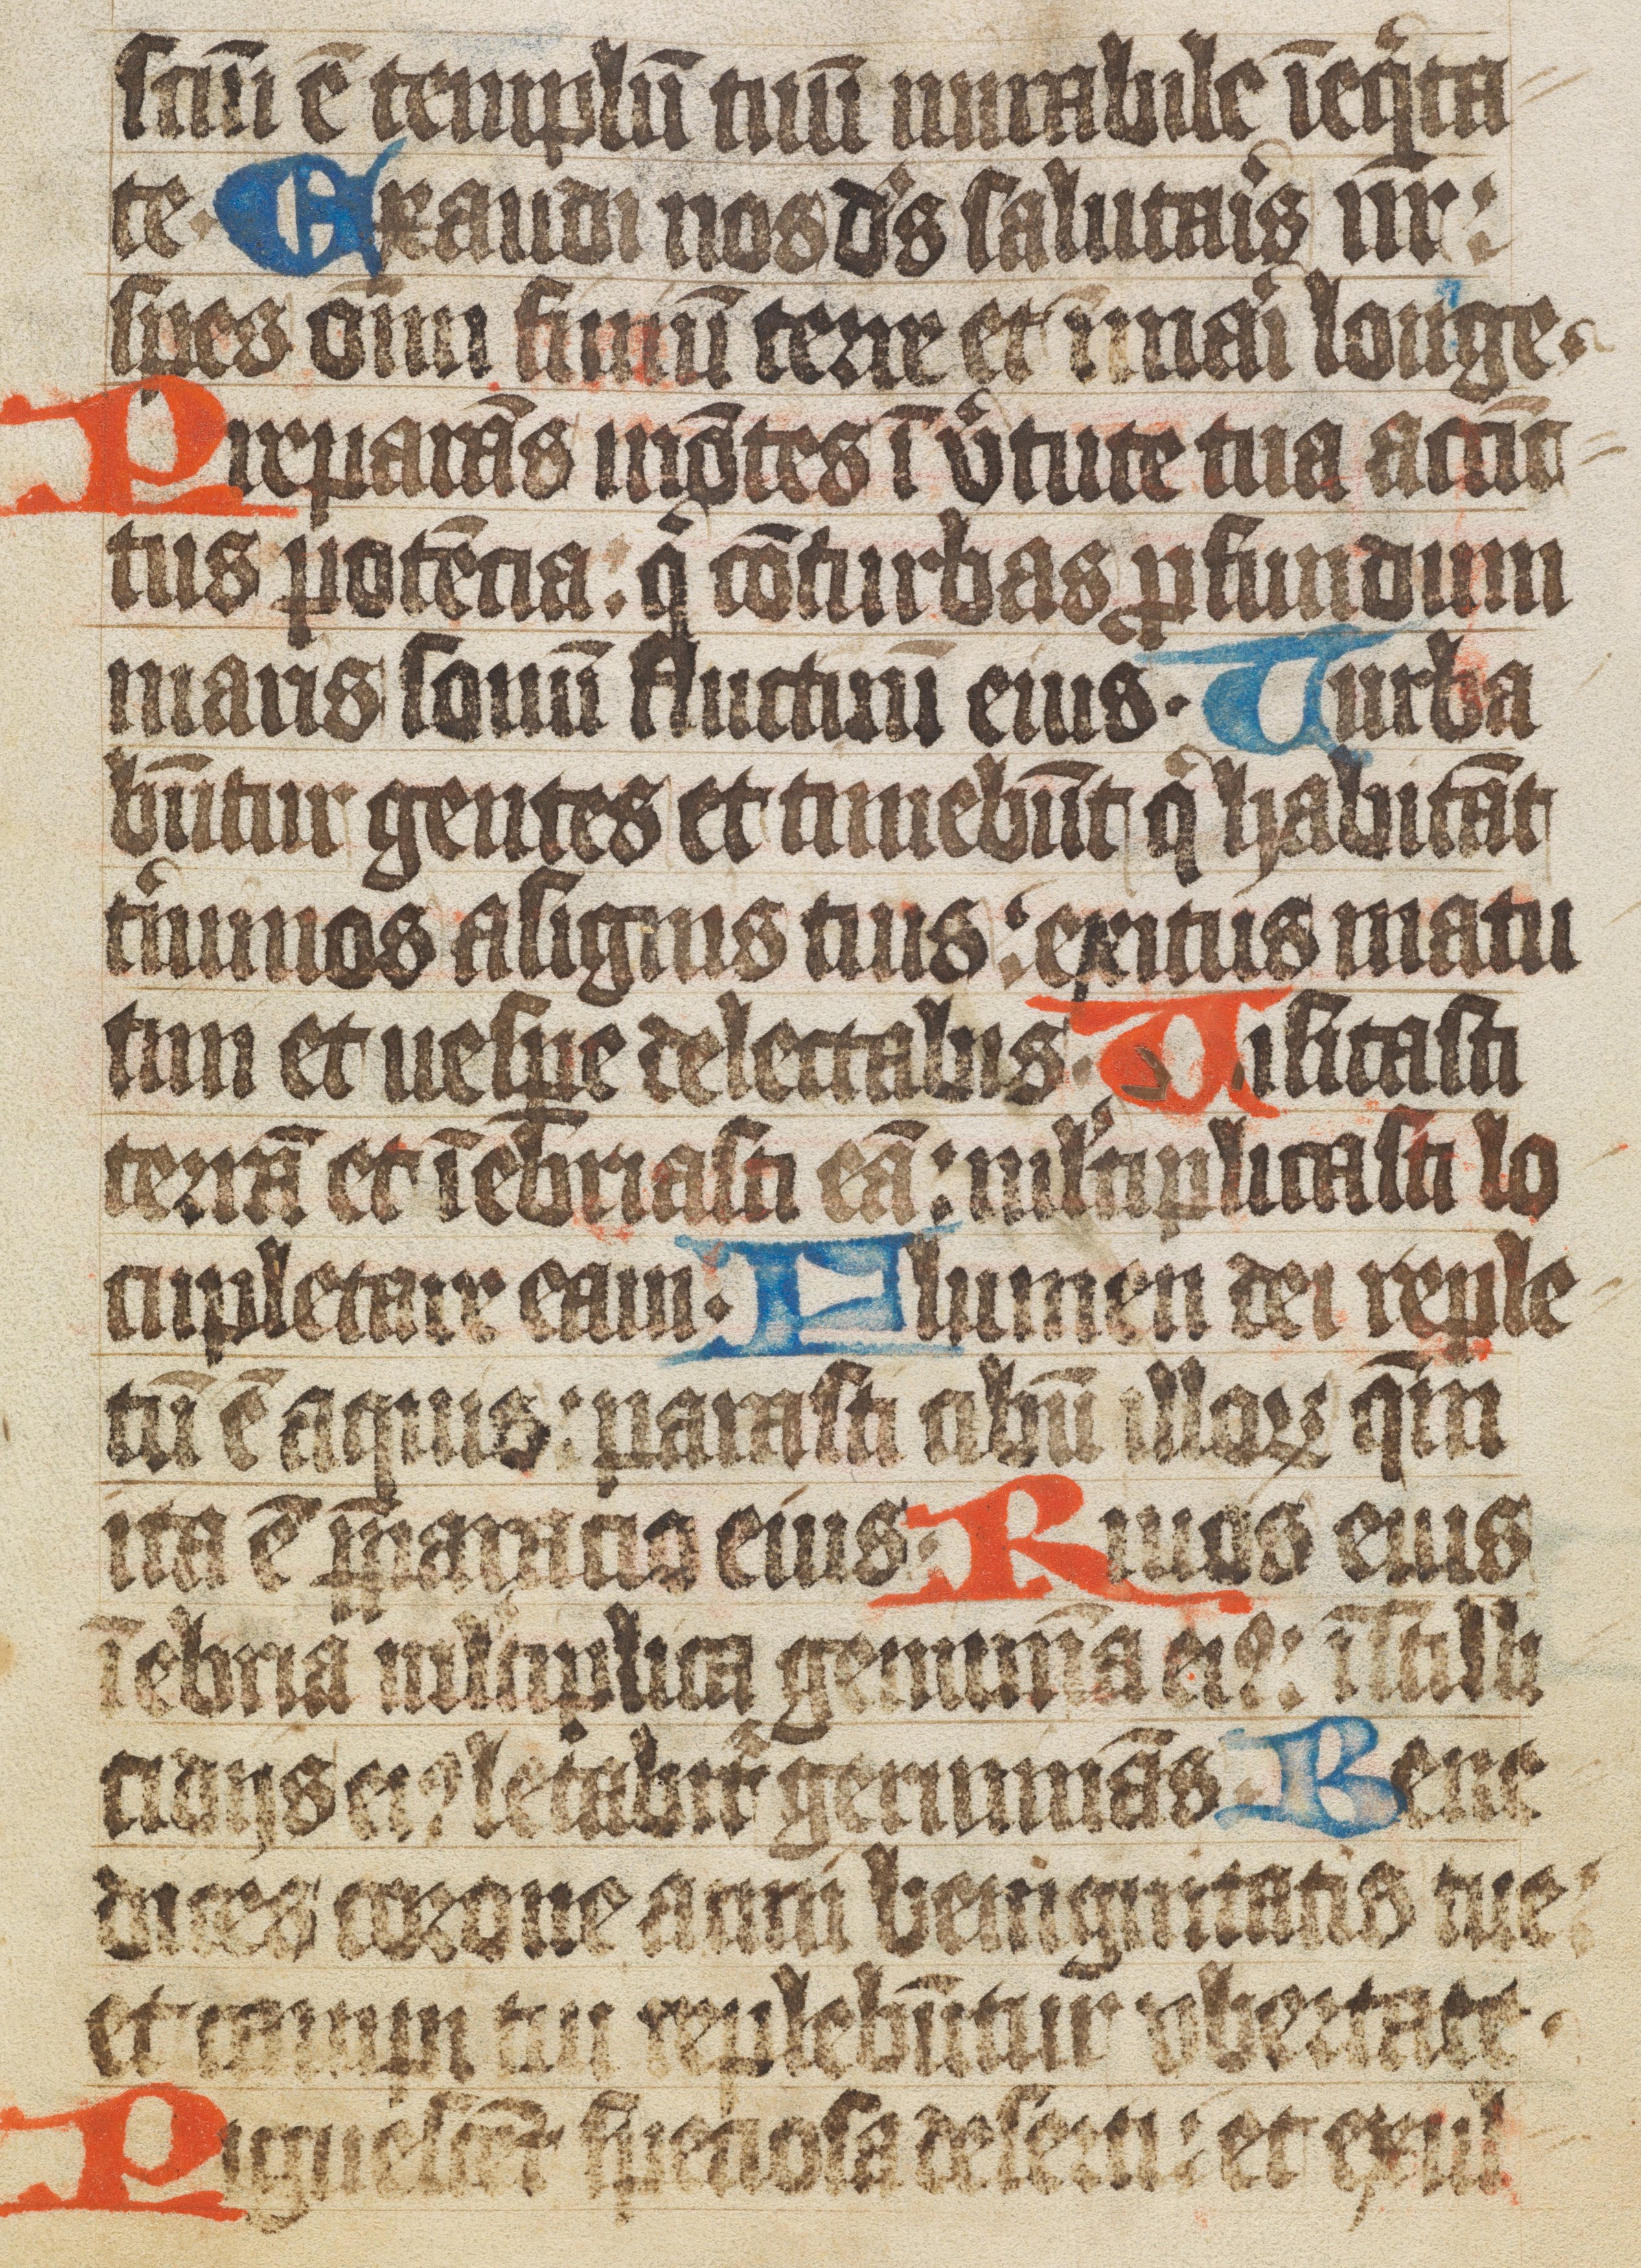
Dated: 1400–1449